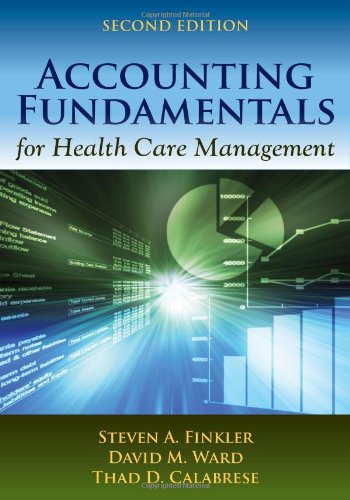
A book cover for Accounting Fundamentals for Health Care Management, 2nd Edition; Steven A. Finkler; Medical Books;